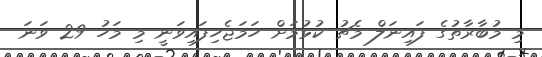
މި މުބާރާތުގެ ފައިނަލް މެޗު ކުޅުމަށް ހަމަޖެހިފައިވަނީ މި މަހު 29 ވަނަ